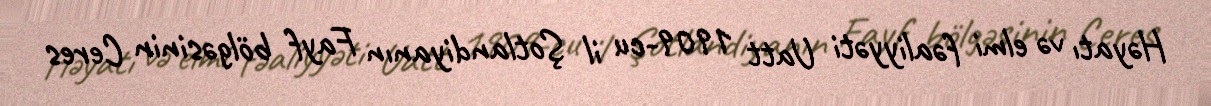
Həyatı və elmi fəaliyyəti Uatt 1909-cu il Şotlandiyanın Fayf bölgəsinin Ceres